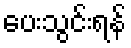
ပေးသွင်းရန်